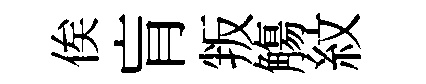
俟肓叛觴紋